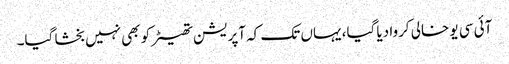
آئی سی یو خالی کروا دیا گیا، یہاں تک کہ آپریشن تھیٹر کو بھی نہیں بخشا گیا۔